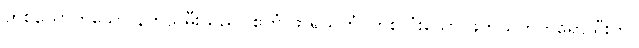
တစ်ယောက်သော နတ်သမီးသည်။ ဧကံ ဖာရုသတံ၊ တစ်လုံးသော ဖက်သက်တရော်သီးကို။